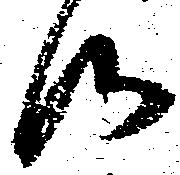
御